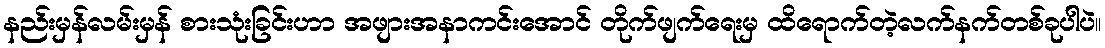
နည်းမှန်လမ်းမှန် စားသုံးခြင်းဟာ အဖျားအနာကင်းအောင် တိုက်ဖျက်ရေးမှ ထိရောက်တဲ့လက်နက်တစ်ခုပါပဲ။